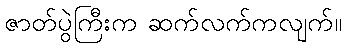
ဇာတ်ပွဲကြီးက ဆက်လက်ကလျက်။